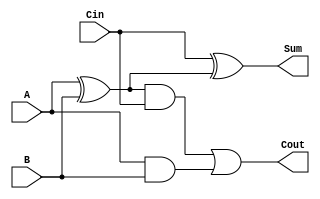
module fulladder( A, B, Cin, Sum, Cout ); //1-bit full adder
  input A,B,Cin;
  output Sum, Cout;
  
  //reg Sum, Cout;

  wire w1,w2,w3;
  
  xor X1(w1,A,B);   		//w1 = A xor B
  xor X2(Sum,Cin,w1);	//SUM = Cin xor w1
  and X3(w2,w1,Cin);		//w2 = w1 AND Cin
  and X4(w3,A,B);		   //w3 = A and B
  or  X5(Cout,w2,w3);	//Cout = w2 or w3

  
endmodule